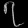
Digit: ၇